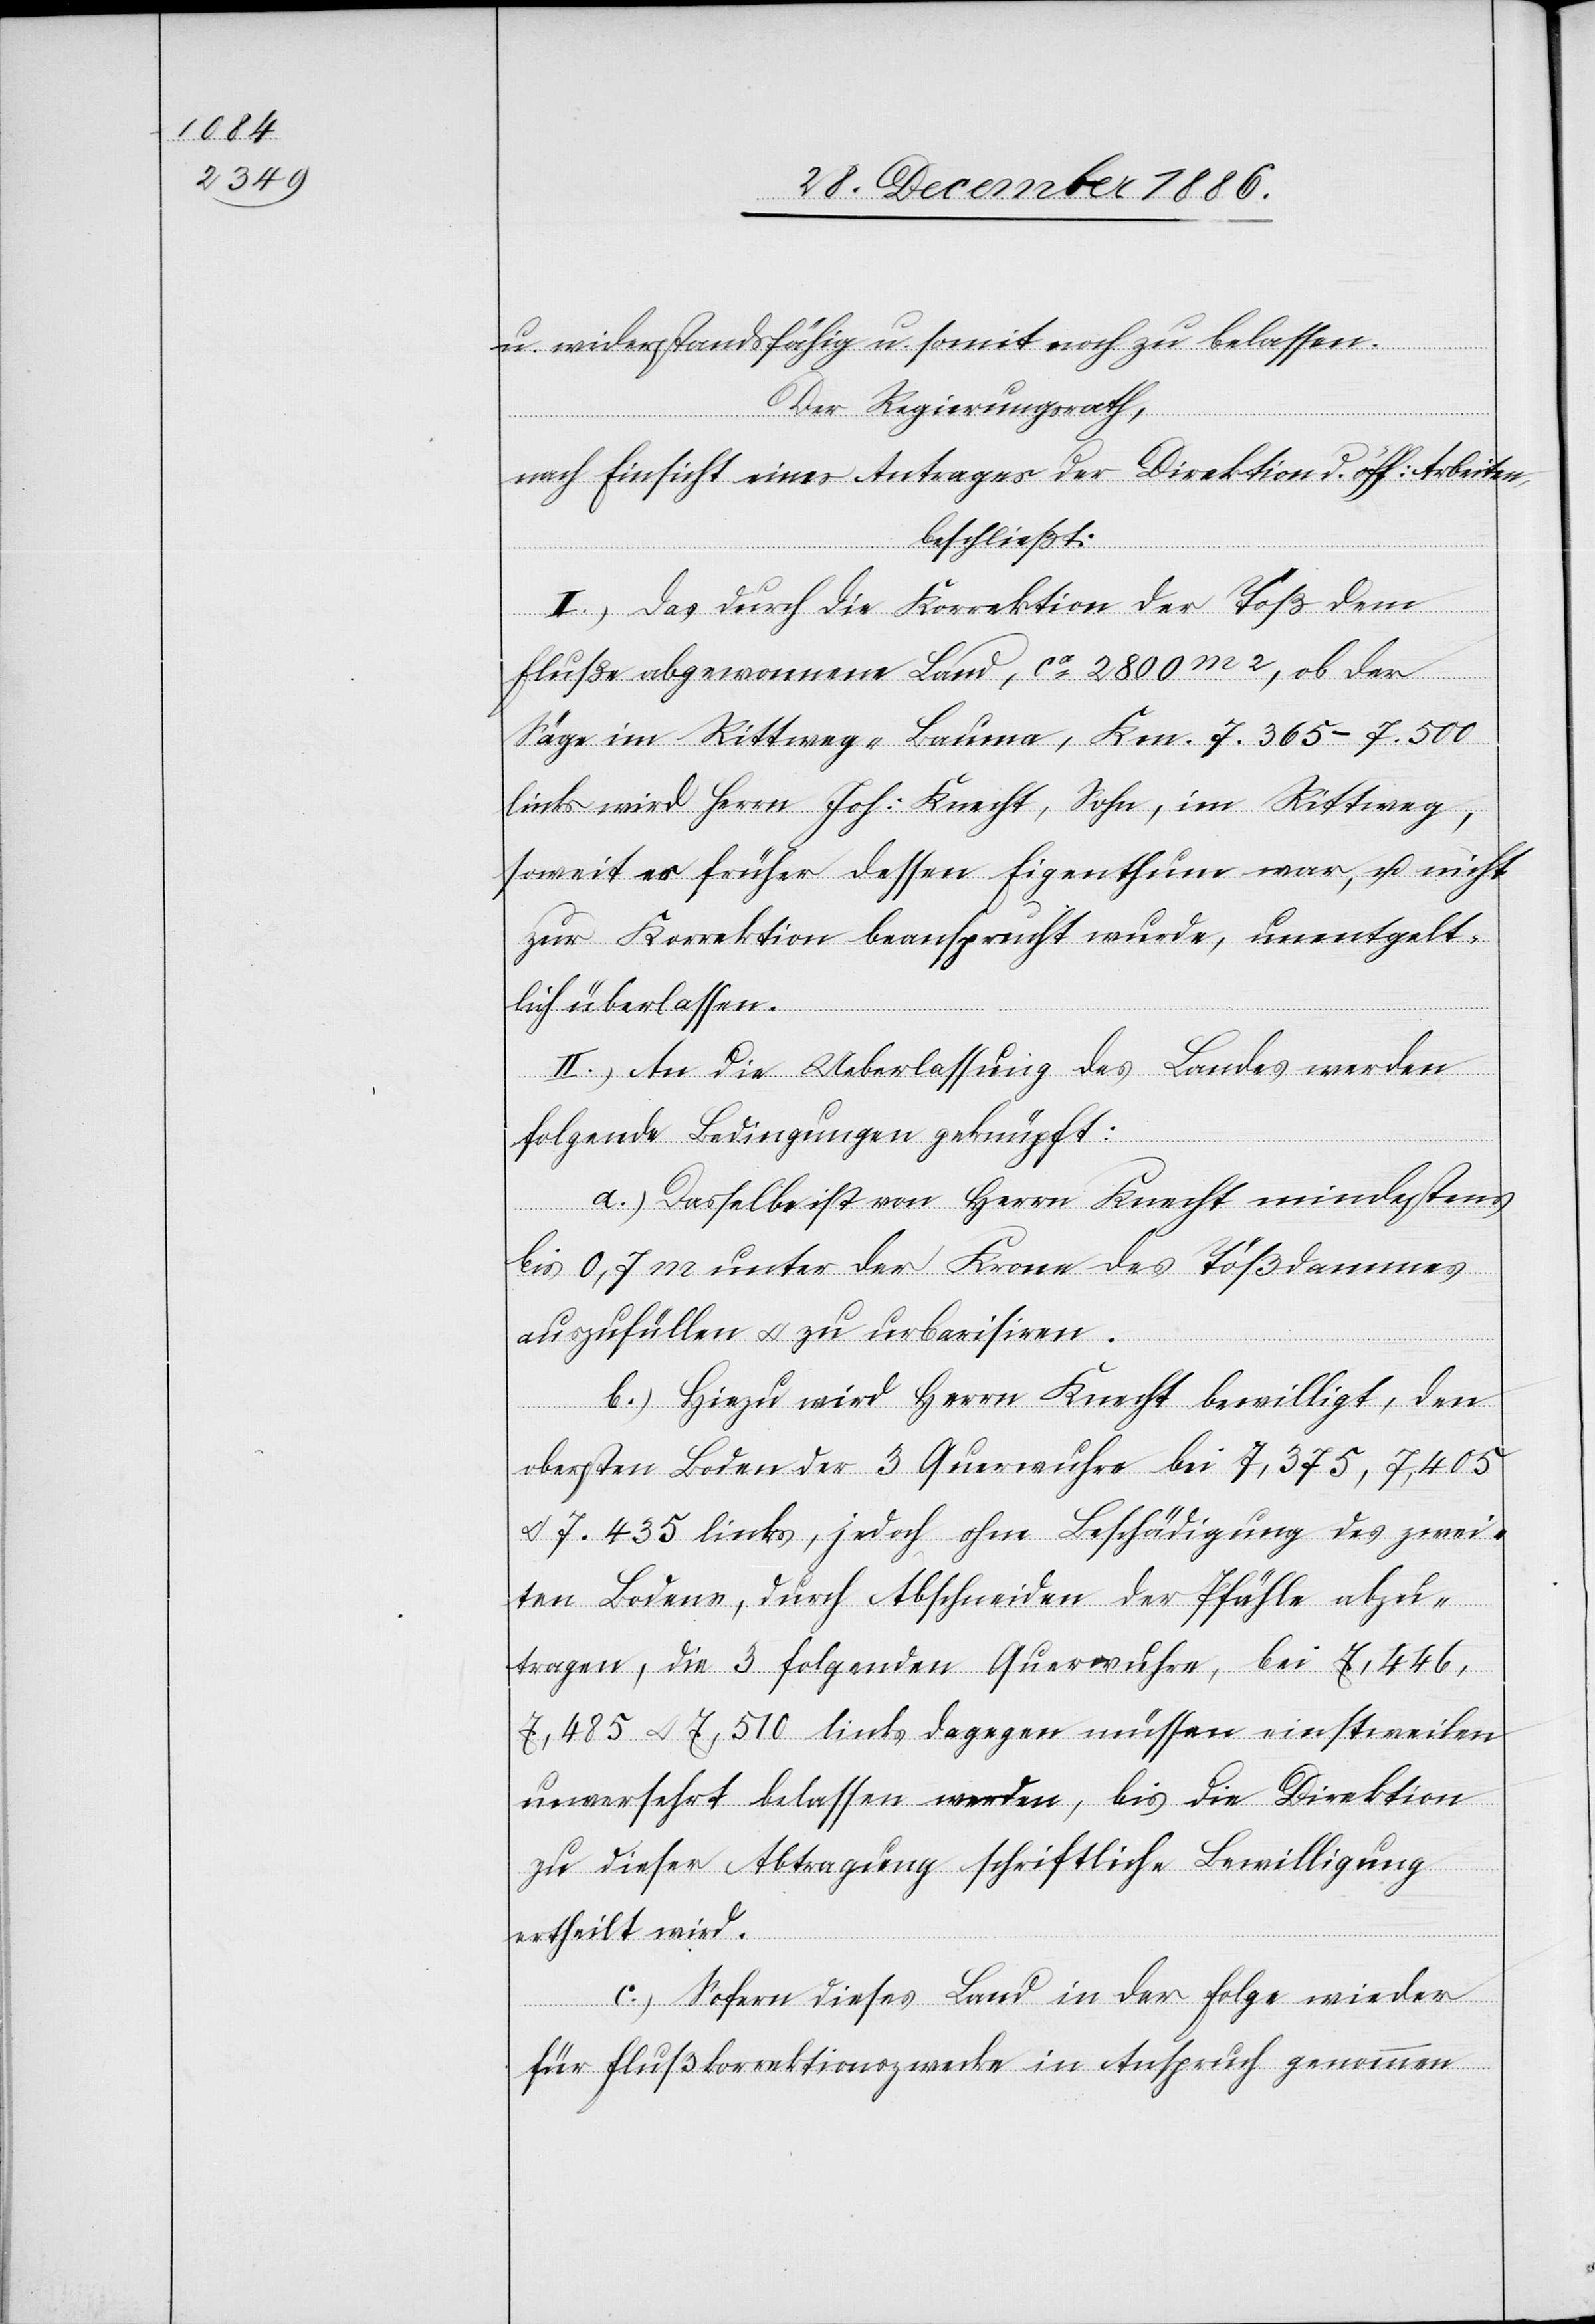
u. widerstandsfähig u. somit noch zu belassen.
Der Regierungsrath,
nach Einsicht eines Antrages der Direktion d. öff: Arbeiten,
beschließt:
II.) Das durch die Korrektion der Töß dem
Fluße abgewonnene Land, ca 2800m2, ob der
Säge im Rittweg - Bauma, Km. 7.365–7.500
links wird Herrn Joh: Knecht, Sohn, im Rittweg,
soweit es früher dessen Eigenthum war, u. nicht
zur Korrektion beansprucht wurde, unentgelt¬
lich überlassen.
II.) An die Ueberlassung des Landes werden
folgende Bedingungen geknüpft:
a.) Dasselbe ist von Herrn Knecht mindestens
bis 0,7 m unter der Krone des Tößdammes
auszufüllen & zu urbarisiren.
b.) Hiezu wird Herrn Knecht bewilligt, den
obersten Boden der 3 Querwuhre bei 7,375, 7,405
& 7.435 links, jedoch ohne Beschädigung des zwei¬
ten Bodens, durch Abschneiden der Pfähle abzu¬
tragen, die 3 folgenden Querwuhre, bei 7,446,
7,485 & 7,510 links dagegen müssen einstweilen
unversehrt belassen werden, bis die Direktion
zu dieser Abtragung schriftliche Bewilligung
ertheilt wird.
c.) Sofern dieses Land in der Folge wieder
für Flußkorrektionszwecke in Anspruch genommen